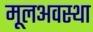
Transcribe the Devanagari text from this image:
मूलअवस्था